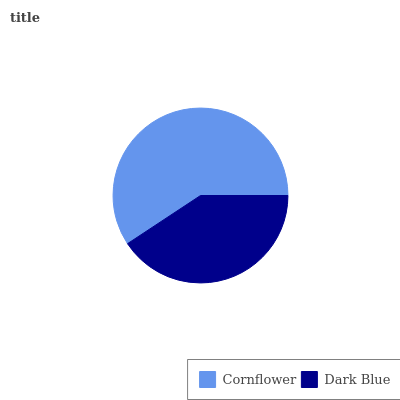
| Cornflower | Dark Blue |
 | --- | --- |
 | 59.2% | 40.8% |